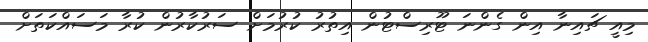
މިއީ ޗައިނާ އިން ގެންނަ ޓޫރިސްޓުން އިތުރު ކުރުމަށް ސަރުކާރުން ކުރާ މަސައްކަތަށް